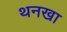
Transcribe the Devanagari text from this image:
थनखा